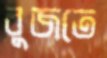
বুজতে